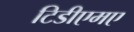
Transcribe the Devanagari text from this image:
टिडीएमए